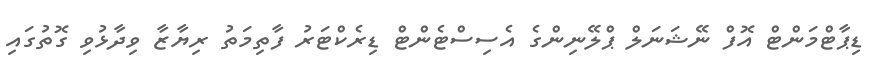
ޑިޕާޓްމަންޓް އޮފް ނޭޝަނަލް ޕްލޭނިންގެ އެސިސްޓެންޓް ޑިރެކްޓަރު ފާތިމަތު ރިޔާޒާ ވިދާޅުވި ގޮތުގައި